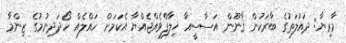
މާރިޔާ: ދައުލަތުގެ ބާރަކުން ޤާނޫން އަސާސީއާ ޚިލާފްވެއްޖެއްޔާ އެކަމަށް ހައްލެއް ހޯދަދިނުމުގެ ޒިންމާ